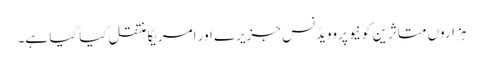
ہزاروں متاثرین کو نیو پروویڈنس جزیرے اور امریکا منتقل کیا گیا ہے۔